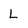
Character: L